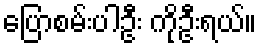
ပြောစမ်းပါဦး ကိုဦးရယ်။